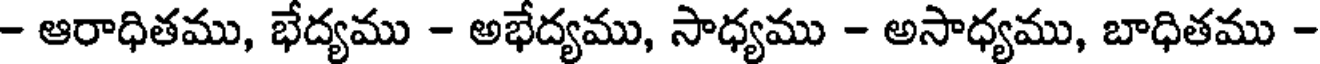
- ఆరాధితము, భేద్యము - అభేద్యము, సాధ్యము - అసాధ్యము, బాధితము -